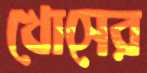
খোসের